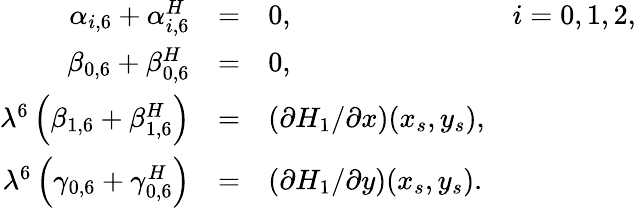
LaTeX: \begin{array}{rcll}{{\alpha_{i,6}+\alpha_{i,6}^{H}}}&{{=}}&{{0,}}&{{i=0,1,2,}}\\ {{\beta_{0,6}+\beta_{0,6}^{H}}}&{{=}}&{{0,}}&{{}}\\ {{\lambda^{6}\left(\beta_{1,6}+\beta_{1,6}^{H}\right)}}&{{=}}&{{(\partial H_{1}/\partial x)(x_{s},y_{s}),}}&{{}}\\ {{\lambda^{6}\left(\gamma_{0,6}+\gamma_{0,6}^{H}\right)}}&{{=}}&{{(\partial H_{1}/\partial y)(x_{s},y_{s}).}}&{{}}\end{array}